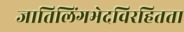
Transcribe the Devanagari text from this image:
जातिलिंगभेदविरहितता